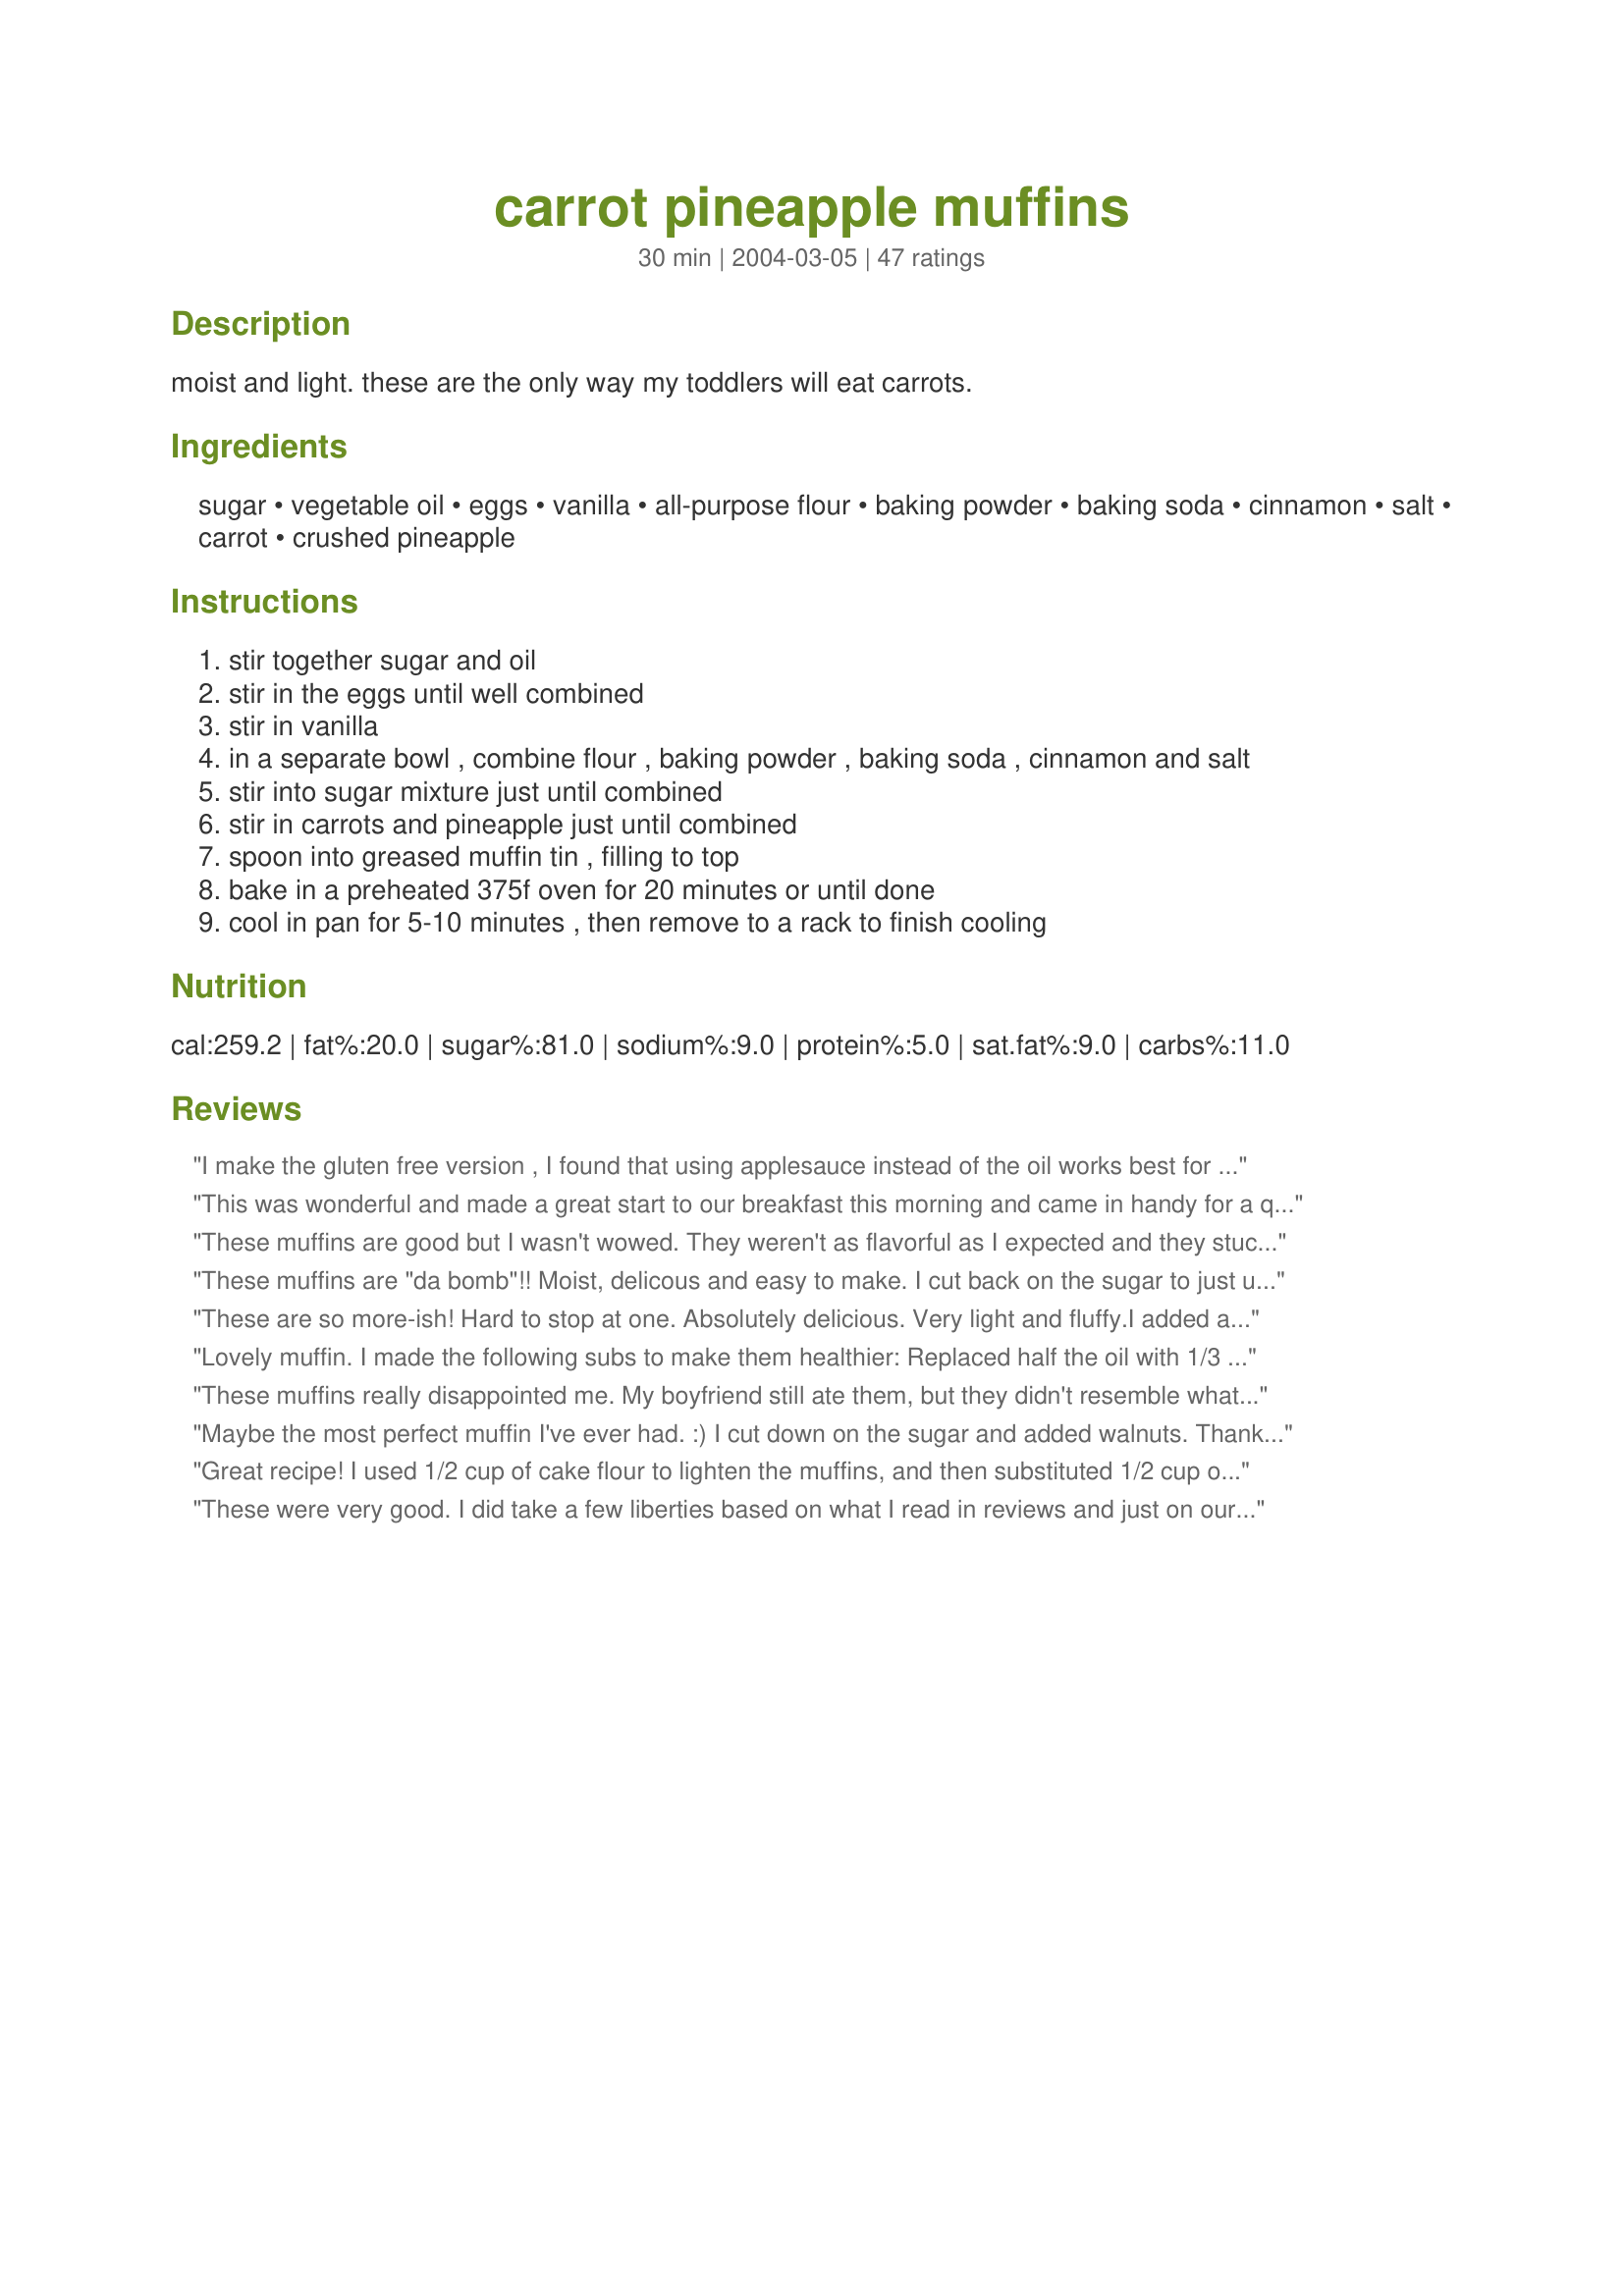
carrot pineapple muffins
Preparation time: 30 minutes

moist and light. these are the only way my toddlers will eat carrots.

Ingredients:
sugar, vegetable oil, eggs, vanilla, all-purpose flour, baking powder, baking soda, cinnamon, salt, carrot, crushed pineapple

Steps:
stir together sugar and oil
stir in the eggs until well combined
stir in vanilla
in a separate bowl , combine flour , baking powder , baking soda , cinnamon and salt
stir into sugar mixture just until combined
stir in carrots and pineapple just until combined
spoon into greased muffin tin , filling to top
bake in a preheated 375f oven for 20 minutes or until done
cool in pan for 5-10 minutes , then remove to a rack to finish cooling

Reviews:
I make the gluten free version , I found that using applesauce instead of the oil works best for gluten free version as it tends to get dry otherwise ...
This was wonderful and made a great start to our breakfast this morning and came in handy for a quick evening snack too! I added 1/4 tsp. of peeled and freshly grated ginger and 1/8 cup of raisins as well to this while mixing in the other ingredients. An easy, no problem recipe! Thank you for posting!
These muffins are good but I wasn't wowed. They weren't as flavorful as I expected and they stuck to my well greased pan. I do wonder if they would be better made with butter and will try that next time.
2 weeks later,
I can't stop making these! My daughter loves them and I feel good giving them to her even if they are a little cakey. I stand corrected, this is a good recipe
These muffins are "da bomb"!! Moist, delicous and easy to make. I cut back on the sugar to just under 3/4 cup. I used 2 tbsp of applesauce and 1/3 cup olive oil. I also added 1/2 cup of chopped, mixed nuts and 1/2 cup of raisens! Instead of grating the carrots, I put them in my blender -too easy. Same with the nuts.

I will make these again and again! Thanks for the recipe!
These are so more-ish! Hard to stop at one. Absolutely delicious. Very light and fluffy.I added a fraction more cinamon but otherwise made to directions. I got 12 perfect muffins from this mix.
Lovely muffin. I made the following subs to make them healthier: 
Replaced half the oil with 1/3 cup apple sauce. 
Used half the sugar
Sub 1/2 cup wholewheat flour and 1 cup all purpose flour for the flour in the recipe.
These muffins really disappointed me. My boyfriend still ate them, but they didn't resemble what we expected based on all of the great reviews.
They puffed up and then fell flat. I used a greased non-stick muffin pan. Several people said they didn't fill the cups more than 2/3-3/4. No one I read said why. I figured the cups overflowed a bit or the tops were puffier than desired. What I got was a flat cookie-like muffin top that came right off, and uncovered a bottom of muffin ruins. No cohesive muffin shape at all. I have crumbs.
I squeezed all of the liquid from fresh finely chopped pineapple. The recipe doesn't say canned, so I used fresh.
There were not nearly enough carrots for us. It was as though carrots were just an ingredient, not that they were carrot muffins.
I agree with the sugar reduction. I reduced to 3/4 cup and could go less next time.
I would use some whole wheat flour next time as it lacked heartiness. Think I would go for some raisins and walnuts next time too... then again, maybe I'll just use a different recipe.
Maybe the most perfect muffin I've ever had. :) I cut down on the sugar and added walnuts. Thank you!
Great recipe! I used 1/2 cup of cake flour to lighten the muffins, and then substituted 1/2 cup of applesauce for part of the oil. They are really moist and bake up light and fluffy.
These were very good. I did take a few liberties based on what I read in reviews and just on our personal tastes. I used 1/2 cup sugar and about another 1/4 cup brown sugar. I subbed half the oil for applesauce, and I used half wheat flour in place of the all purpose flour. They looked and tasted great, and the cook time and temp were spot on. I appreciate that these are a fairly healthy snack and one that even my picky son enjoyed.
Yum!! Perfect texture, easy to make, and kind of healthy! DH wouldn't even try it when he saw the pineapple and carrots (men!!) but DS and myself inhaled them!
Thanks for the recipe! Definitely making it again.
These are quite good. I used less sugar, a scant 2/3 cup, and substituted unsweetened applesauce for the oil. I also added about 1/2 tsp ginger and a pinch more cinnamon. I baked them in individual bunny shaped pans for 17 minutes and they were a hit!
These were very good and hubby said it was a keeper. I used splenda instead of sugar. I made 12 regular size muffins and 12 mini ones. Thanks for posting the recipe.
Very tasty and moist muffins. I wish I had only filled my cups 3/4 full. I used the airbake muffin tins so mine took 30 minutes to cook. I'm sure I could have gotten at least 15 muffins. Next time I will add some nuts for crunch.
I had some leftover canned pineapple, so I decided to give this recipe a try. The muffins are super good and both my husband and I said that these should definitely be made again. I used 1/2 c. Equal (I'm a diabetic) and 1/2 c. brown sugar instead of the 1 c. of sugar. Everything else remained the same. I filled my muffin tins to the top and got 10 beautiful, moist, and yummy muffins. The 20 minute cooking time was right on the money.
I thought these were great and so did my kids. The only change I made was to add 1/3 cup of unsweetened applesauce and decrease the oil by 1/3 cup.
I made these just as written, and wow! We loved them. My 22 month old ate 3 of them in one sitting. It made 12 very generous muffins, and only took about 14 minutes to bake in my oven. I mixed some of the drained pineapple juice with some spreadable cream cheese to put on top. Thanks for a great recipe, I will make these again and again!
Excellent muffin. Very moist and wonderful flavour. Will make these again. Thanks!
I tried this receipe on Friday and by Saturday I had friends asking for the receipe..and on Sunday I was baking my second batch....it is so very moist and delicious


Nora
Carrots and kids do not usually go together, but when my daughter first tasted these, she yelled out, Yum! and proceeded to eat almost two whole muffins in one sitting!! I made a few changes such as adding raisins and using half dark brown sugar. I also topped mine with almonds for some crunch. I was able to make 20 muffins with the changes to recipe, which, from my calculation, came out to about 140 calories per muffin. I froze the extras for snacking in the future. For more info. on what I did and for pictures, visit my blog.
I made these with applesauce in place of the oil. I loved them. The kids didn't care for them. I think that if the carrots had been more finely shredded and of they didn't know carrots were involved they would have loved them. They have some sort of aversion to veggies in muffins.
It's a great recipe and not one muffin went to waste.
Forgot to give it the stars - Definitely a 5 star recipe! <br/>Enjoy!
I made these muffins for My Bosses on Boss's Day and everybody raved about thems. Outstanding recipe thanks!
My three and one year olds both love these muffins and they are a big hit with my playgroup. They are a great way to get those veggies into picky toddlers. I make mini muffins and freeze them so we always have some on hand.
Followed other reviewers and used 1/2 cup no sugar applesauce (and the rest vegetable oil). Came out moist and delicious. Toddler wasn't so sure about them, but my parents loved them.
Not happy! Every single one of them fell apart. It was a complete disaster. They had plenty of time to cool in the pan before removing them. Two teaspoons of baking powder to 1 1/2cups of flour seems like an awful lot. Could that have been the problem?
YUM!!! I am always looking for yummy, healthy muffins for my family. I cut the sugar to 2/3 cup. I used 1/2 cup no sugar added applesauce and the rest olive oil, and I used whole wheat flour. I cooked the first batch of muffins for 17 minutes, and they were burned. I baked the next batch for 15 minutes, and that was better. I baked the mini muffins for 11 minutes. The recipe says it makes 12 muffins. Mine made 12 muffins and 9 mini muffins. YUM!!!
Great muffins. I cut the sugar to 1/2 cup (1/4 brown, 1/4 white), add grated carrot and grated zuchinni (well drained), pineapple and raisins. Yummy!
LOVE these muffins. I always come back to them. And my son loves them too. The only modification I make is cutting back the sugar to 2/3 cup (I've tried cutting back to 1/2 cup and they were good, but not sweet enough for my liking). Walnuts sounds like a great idea too. Will try that when my son's old enough to have nuts.
Very good and moist muffins,will make again.
Excellent muffins, big, light and moist. I added 1 1/2 tsp of hemp protein powder to the batter also. I add the protein powder to most things and these muffins were so tasty the kids didn't realize I'd made my "spooky" addition. Great recipe and sure to be a regualr around our house.
OMG....were these divine my husband and 6 year old daughter also had no problem helping me devour them!!!Def making again!Thanks for a killer muffin recipe!
These are amazing, make them all the time for parties or just for breakfast with some blueberries or strawberries on the side. I modified the recipe a bit, added cranberries, slivered almonds, almond extract and crushed over ripe plantains.
Added nuts to the mix and they were to die for good! Wouldn't change a thing!
Delicious muffins! I added golden raisins which just made them even a bit more tropical. Also used the shredded carrots you buy in the produce section to shorten the prep time. Came out great!
These were some of the best muffins I have ever tasted! I recommend only filling the tins 3/4 full though.
To all the confused out there the word "drained" means use a can of crushed pineapple, although it may seem brilliant to use a fresh pineapple - you are making a bitter disaster! As the pineapple in its raw form is not only bitter when baking but the baking soda then causes the muffin to sort of explode upon itself this is not true when using canned syrup-pineapple. You will find the tops separating, and the structure of the muffin - for lack of a better word - implodes upon itself. However the flaw in this muffin is how sweet it is. CulinaryExplorer has provided some useful hints, though.<br/><br/>Thanks to her!
These were moist and delicious. Maybe next time I make them I'll add some walnuts. Thanks!!
These are wonderful! They are a little sweet (reduce sugar by 1/4 c.) and very moist. They turned out beautifully and were a great addition to our Tuna-Quinoa salad.
This is an awesome recipe...just remember not to overfill your muffin cups.....as I did because they rise beautifully...great recipe...thanks!
These were great muffins. I did make some changes. I used olive oil instead of vegetable oil, also subbed whole wheat flour in place of white flour. I also used diced pineapple smushed to the best of my ability. They turned out great.
These were amazing. I (as many others) altered the recipe to make it healthier. I used 1/2 C applesauce (and then added oil to total the 2/3 C called for), I used 1/2 C sugar and 1/2 C stevia (to total the 1 C called for), and used 1/4 C plain protein powder and 1/4 C Whole Wheat flour. I baked them for 18 mins, but I should have let them go longer - they are so moist that they were hard to remove from the muffin pan. SO DELISH though!!! (and they came out to less than 150 calories per muffin , and I ended up getting 15 muffins from the recipe - maybe because of some of my substitutions)
Very yummy. My children love this. I got 18 muffins and cooked mine for 18 mins.
Great recipe. Wonderfully light and moist. We loved them. I added some chopped walnuts and cut down on the sugar 1/4 cup. Next time I want to add some grated orange rind for some added citrus flavor. A real comfort food.Thanks for sharing. Jen
I made these the other day. I really liked these. They are super moist and light!!! I added cream cheese frosting and they were to die for. Thanks for the recipe.
These were great!! But I was disappointed with the amount of oil and sugar :( I good healthy idea sorta ruined. However, you can't deny that they are yummmmmmy!
Wonderful recipe! I made these for my 17 month old daughter and she loves them. She keeps running into the kitchen and asking for "more". I changed slightly, using 1/2c. applesauce for some of the oil and using 1/2c. oatmeal (put in food processor first) for part of the flour. Definately a keeper...THANKS!!! Oh, and she always refuses to eat her carrots...until now.
